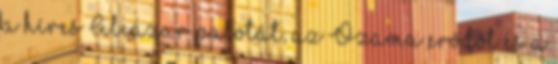
a híres Alcázar palotát, az Ozama erődöt és a